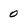
Character: 0